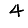
Digit: 4